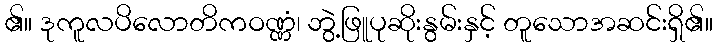
၏။ ဒုကူလပိလောတိကဝဏ္ဏံ၊ ဘွဲ့ဖြူပုဆိုးနွမ်းနှင့် တူသောအဆင်းရှိ၏။